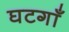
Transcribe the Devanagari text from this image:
घटगाँ